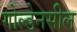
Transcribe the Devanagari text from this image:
गोल्डेनसील